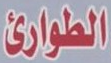
الطوارئ